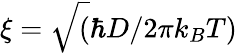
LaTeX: \xi=\sqrt(\hbar D/2\pi k_{B}T)